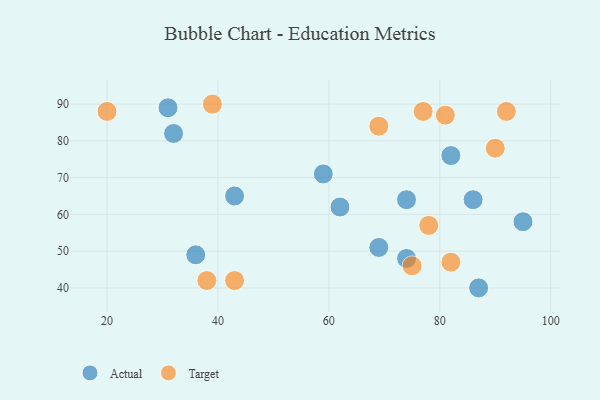
{"axis": {"x": "GDP", "y": "Life Expectancy"}, "legend": ["Actual", "Target"], "data": [{"x": "87", "y": 40, "type": "Actual"}, {"x": "95", "y": 58, "type": "Actual"}, {"x": "74", "y": 48, "type": "Actual"}, {"x": "32", "y": 82, "type": "Actual"}, {"x": "36", "y": 49, "type": "Actual"}, {"x": "74", "y": 64, "type": "Actual"}, {"x": "69", "y": 51, "type": "Actual"}, {"x": "31", "y": 89, "type": "Actual"}, {"x": "86", "y": 64, "type": "Actual"}, {"x": "59", "y": 71, "type": "Actual"}, {"x": "43", "y": 65, "type": "Actual"}, {"x": "82", "y": 76, "type": "Actual"}, {"x": "62", "y": 62, "type": "Actual"}, {"x": "39", "y": 90, "type": "Target"}, {"x": "75", "y": 46, "type": "Target"}, {"x": "38", "y": 42, "type": "Target"}, {"x": "82", "y": 47, "type": "Target"}, {"x": "92", "y": 88, "type": "Target"}, {"x": "69", "y": 84, "type": "Target"}, {"x": "78", "y": 57, "type": "Target"}, {"x": "90", "y": 78, "type": "Target"}, {"x": "43", "y": 42, "type": "Target"}, {"x": "77", "y": 88, "type": "Target"}, {"x": "81", "y": 87, "type": "Target"}, {"x": "20", "y": 88, "type": "Target"}]}